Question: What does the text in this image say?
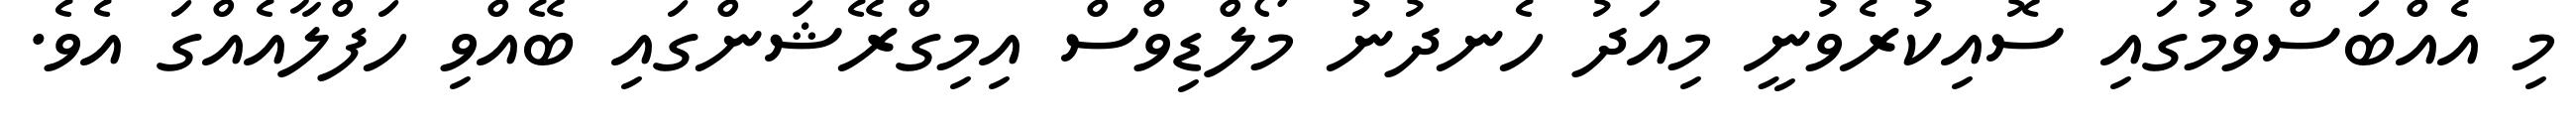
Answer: މި އެއްބަސްވުމުގައި ސޮއިކުރެވުނީ މިއަދު ހެނދުނު މޯލްޑިވްސް އިމިގްރޭޝަންގައި ބޭއްވި ހަފްލާއެއްގަ އެވެ.